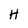
Character: H